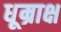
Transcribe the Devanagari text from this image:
धूम्राक्ष